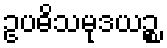
ဥပဓိသမုဒယဉ္စ